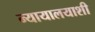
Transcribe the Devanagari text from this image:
न्यायालयाशी